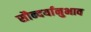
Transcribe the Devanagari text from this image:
सौन्दर्यानुभाव